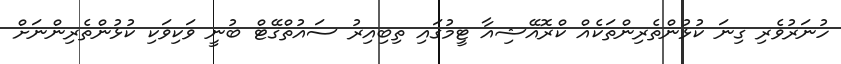
ހުނަރުވެރި ގިނަ ކުޅުންތެރިންތަކެއް ކްރޮއޭޝިއާ ޓީމުގައި ތިބިއިރު ސައުތްގޭޓް ބުނީ ވަކިވަކި ކުޅުންތެރިންނަށް